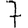
Digit: 7